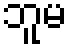
ဘူမ